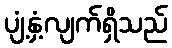
ပျံ့နှံ့လျက်ရှိသည်